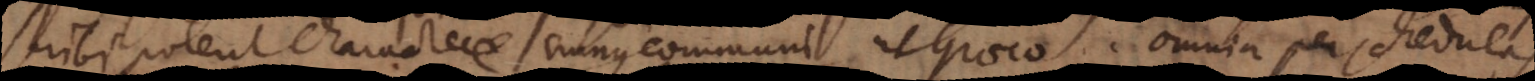
Scribi poterit charactere minus communi ut Graeco. Omnia per schedulas